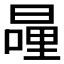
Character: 𭧍